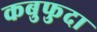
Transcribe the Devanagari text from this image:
कबुफुदा